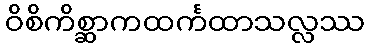
ဝိစိကိစ္ဆာကထင်္ကထာသလ္လဿ